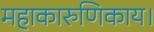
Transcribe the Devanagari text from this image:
महाकारुणिकाय।